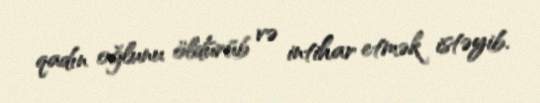
qadın oğlunu öldürüb və intihar etmək istəyib.